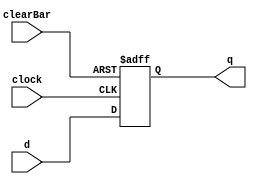
module D_FF_ASync_Clear(d, clearBar, clock, q);
	input d, clearBar, clock;
	output q;
	reg q;
	
	always@(negedge clearBar or posedge clock)
		begin
			if(!clearBar)
				q <= 1'b0;
			else
				q <= d;
		end
endmodule